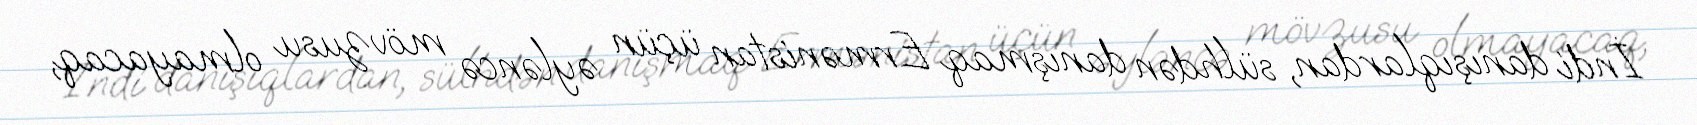
İndi danışıqlardan, sülhdən danışmaq Ermənistan üçün əyləncə mövzusu olmayacaq,